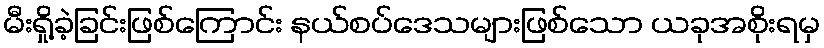
မီးရှို့ခဲ့ခြင်းဖြစ်ကြောင်း နယ်စပ်ဒေသများဖြစ်သော ယခုအစိုးရမှ